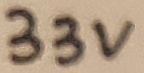
Text: 33V